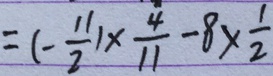
= ( - \frac { 1 1 } { 2 } ) \times \frac { 4 } { 1 1 } - 8 \times \frac { 1 } { 2 }